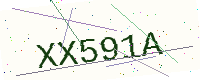
Text: XX591A